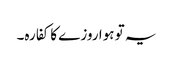
یہ تو ہوا روزے کا کفارہ۔